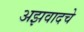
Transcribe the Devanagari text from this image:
अझवादचे